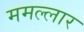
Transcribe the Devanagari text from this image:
ममल्लार